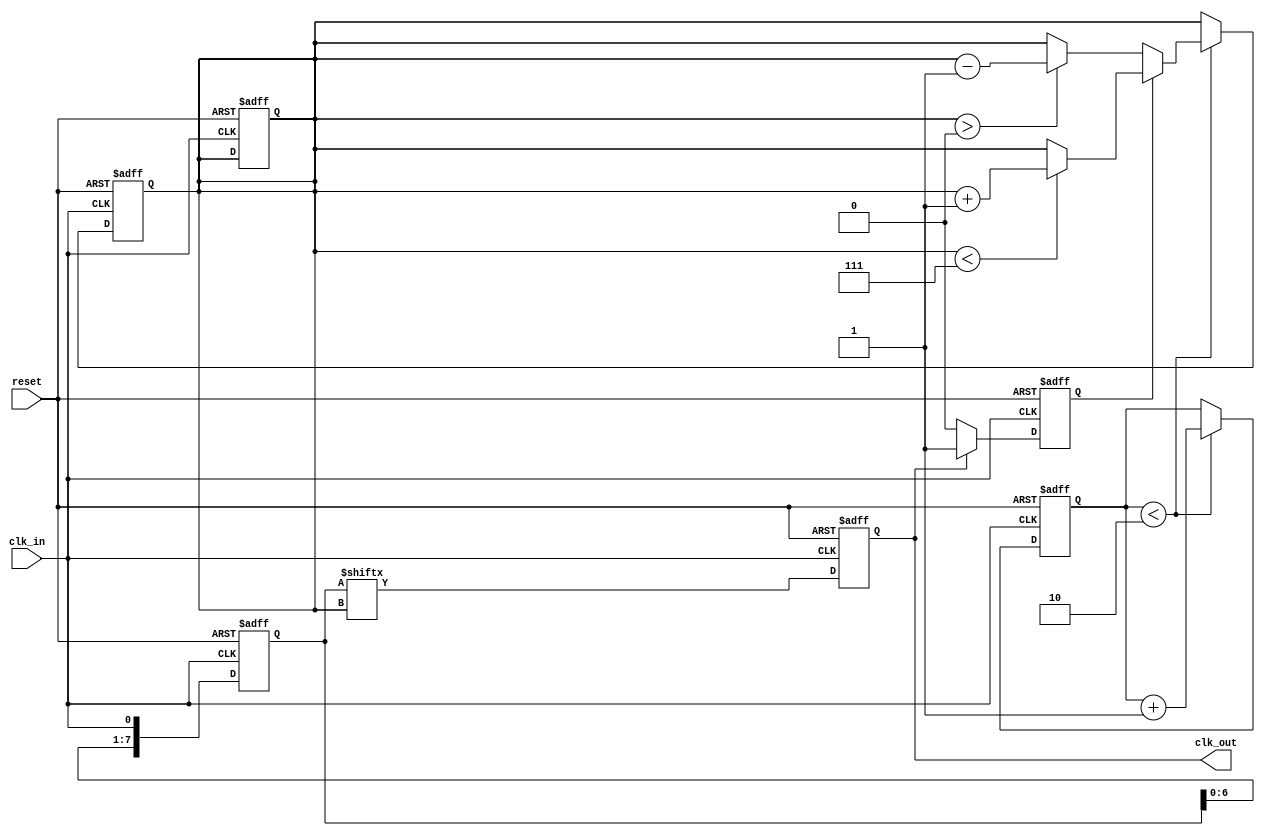
module dll (
    input wire clk_in,         // Input clock
    input wire reset,          // Asynchronous reset
    output reg clk_out         // Output clock
);

// Parameters
parameter NUM_DELAY_ELEMENTS = 8; // Number of delay elements
parameter LOCK_THRESHOLD = 2;      // Phase lock threshold

// Internal signals
reg [NUM_DELAY_ELEMENTS-1:0] delay_line; // Delay line
reg [3:0] delay_index;                  // Current delay index
reg phase_error;                        // Phase error signal
reg [3:0] error_count;                  // Error count for control logic

// Phase Detector
always @(posedge clk_in or posedge reset) begin
    if (reset) begin
        phase_error <= 0;
    end else begin
        // Compare input clock with delayed clock
        if (clk_out) begin
            phase_error <= 1; // Output clock is ahead
        end else begin
            phase_error <= 0; // Output clock is behind
        end
    end
end

// Delay Line
always @(posedge clk_in or posedge reset) begin
    if (reset) begin
        delay_line <= 0;
        delay_index <= 0;
        clk_out <= 0;
    end else begin
        // Shift delay line
        delay_line <= {delay_line[NUM_DELAY_ELEMENTS-2:0], clk_in};

        // Generate output clock based on current delay index
        clk_out <= delay_line[delay_index];
    end
end

// Control Logic
always @(posedge clk_in or posedge reset) begin
    if (reset) begin
        delay_index <= 0;
        error_count <= 0;
    end else begin
        // Adjust delay index based on phase error
        if (phase_error) begin
            if (delay_index < NUM_DELAY_ELEMENTS - 1) begin
                delay_index <= delay_index + 1; // Increase delay
            end
        end else begin
            if (delay_index > 0) begin
                delay_index <= delay_index - 1; // Decrease delay
            end
        end

        // Locking mechanism
        if (error_count < LOCK_THRESHOLD) begin
            error_count <= error_count + 1; // Count errors
        end else begin
            // If locked, maintain current delay index
            delay_index <= delay_index; 
        end
    end
end

endmodule